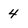
Character: 4